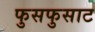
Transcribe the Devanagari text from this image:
फुसफुसाट